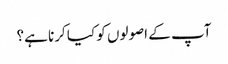
آپ کے اصولوں کو کیا کرنا ہے؟